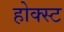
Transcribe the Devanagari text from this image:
होक्स्ट